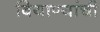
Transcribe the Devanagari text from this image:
बियाण्यांची